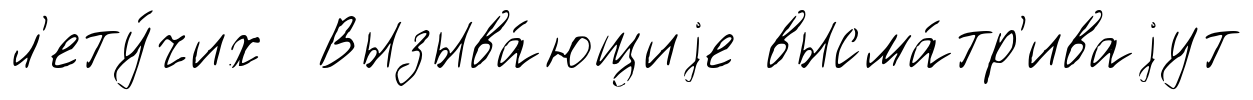
л'ету́чих Вызыва́ющиjе высма́тр'иваjут